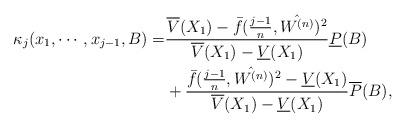
LaTeX: \begin{align*}\kappa_j(x_1,\cdots,x_{j-1},B)=&\frac{\overline{V}(X_1)-\bar{f}(\frac{j-1}{n},\hat{W^{(n)}})^2}{\overline{V}(X_1)-\underline{V}(X_1)}\underline{P}(B)\\&+\frac{\bar{f}(\frac{j-1}{n},\hat{W^{(n)}})^2-\underline{V}(X_1)}{\overline{V}(X_1)-\underline{V}(X_1)}\overline{P}(B),\end{align*}